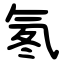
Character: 氡